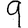
Digit: 9